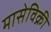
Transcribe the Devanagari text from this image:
मासेविक्री